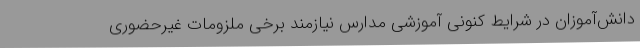
دانش‌آموزان در شرایط کنونی آموزشی مدارس نیازمند برخی ملزومات غیرحضوری